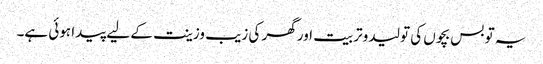
یہ تو بس بچوں کی تولید وتربیت اور گھر کی زیب وزینت کے لیے پیدا ہوئی ہے۔